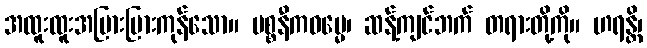
အထူးထူးအပြားပြားကုန်သော။ ပစ္စနီကဓမ္မေ၊ ဆန့်ကျင်ဘက် တရားတို့ကို။ ဟရန္တိ၊